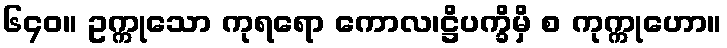
၆၄၀။ ဥက္ကုသော ကုရရော ကောလ၊ဋ္ဌိပက္ခိမှိ စ ကုက္ကုဟော။